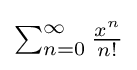
{\textstyle \sum _{n=0}^{\infty }{\frac {x^{n}}{n!}}}